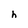
Character: h